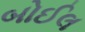
બોઈલ